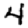
Digit: 4